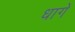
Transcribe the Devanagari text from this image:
धागें